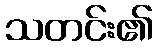
သတင်း၏